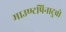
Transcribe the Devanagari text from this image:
माउण्टपिनाटुबो